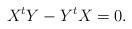
LaTeX: \begin{align*} X^t Y - Y^t X = 0.\end{align*}